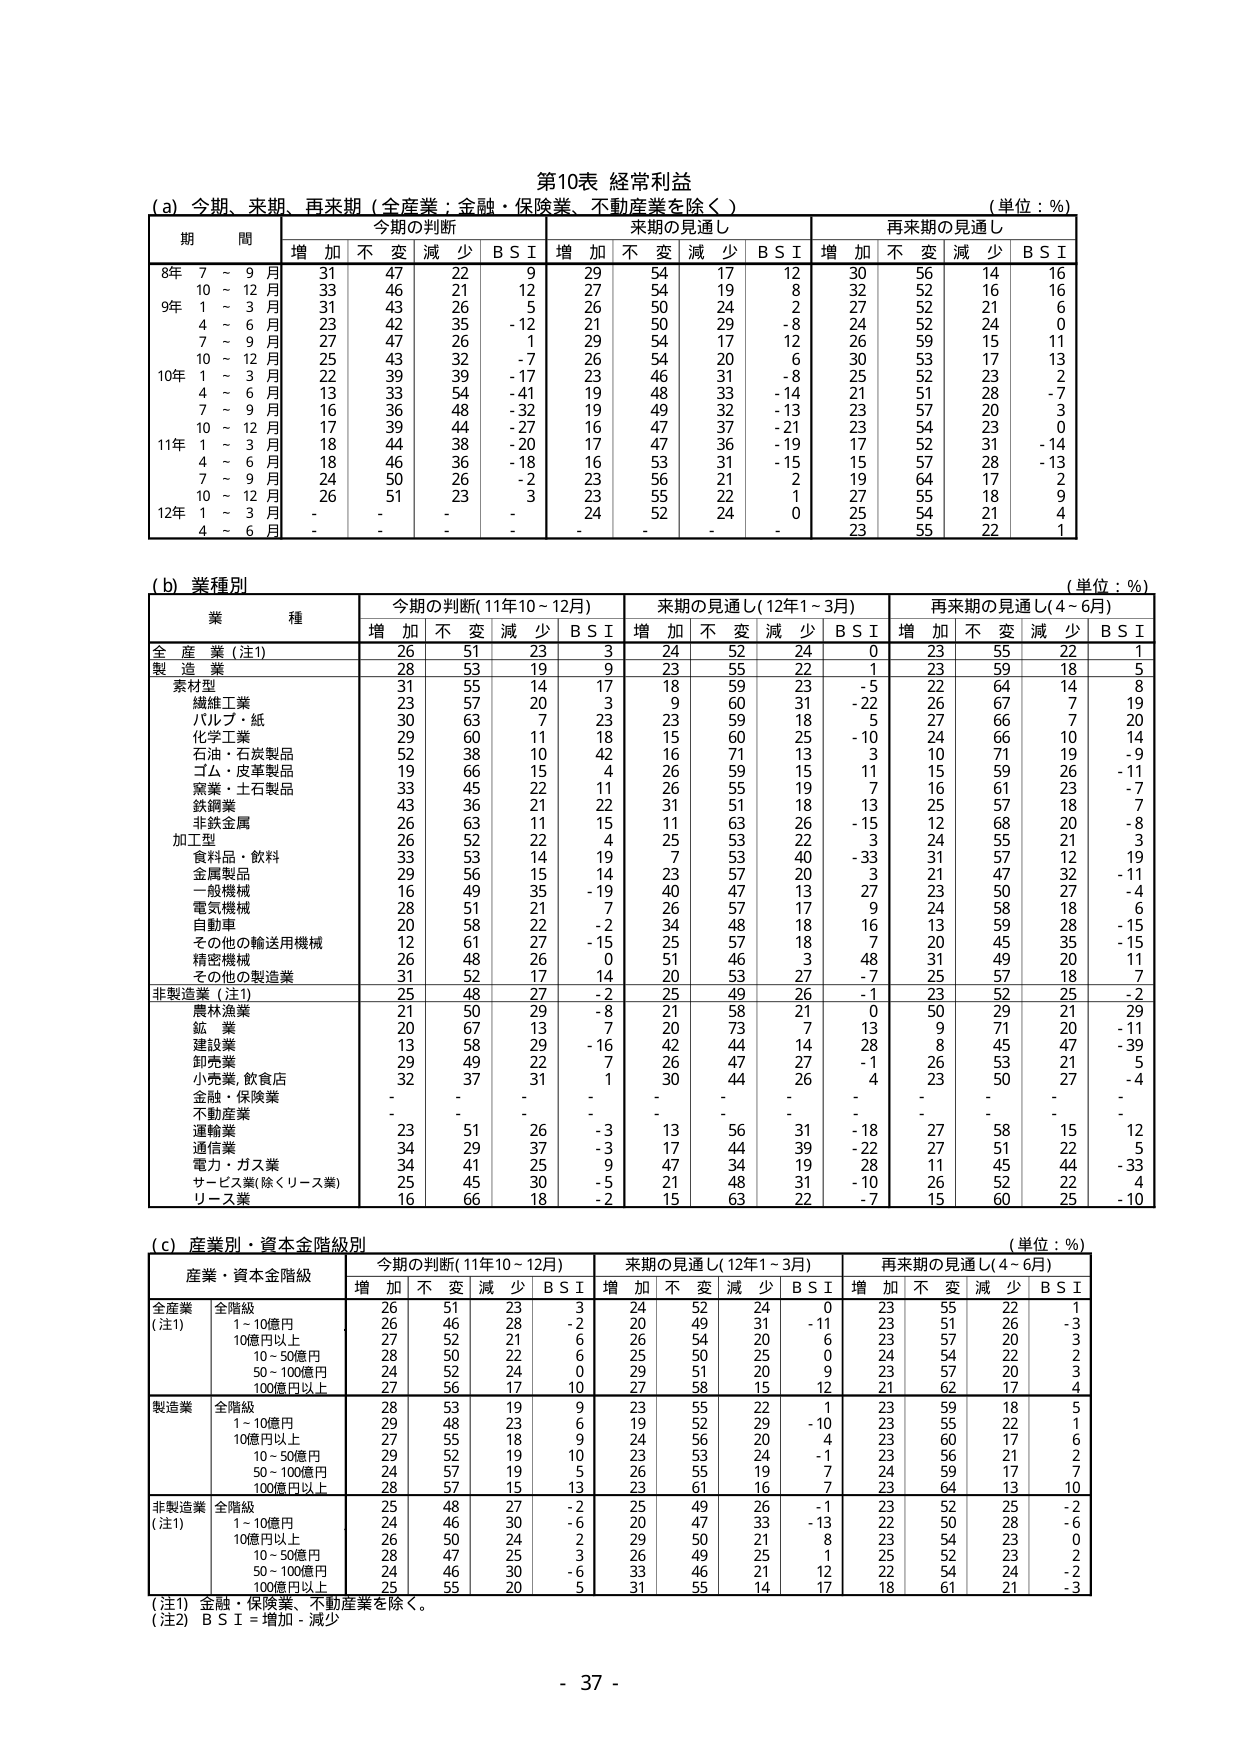
第10表 経常利益

(a) 今期、来期、再来期（全産業：金融・保険業、不動産業を除く）
（単位：%）

期 間 | 今期の判断 | 来期の見通し | 再来期の見通し
--- | --- | --- | ---
 | 増 加 | 不 変 | 減 少 | B S I | 増 加 | 不 変 | 減 少 | B S I | 増 加 | 不 変 | 減 少 | B S I
8年 7 ~ 9 月 | 31 | 47 | 22 | 9 | 29 | 54 | 17 | 12 | 30 | 56 | 14 | 16
10 ~ 12 月 | 33 | 46 | 21 | 12 | 27 | 54 | 19 | 8 | 32 | 52 | 16 | 16
9年 1 ~ 3 月 | 31 | 43 | 26 | 5 | 26 | 50 | 24 | 2 | 27 | 52 | 21 | 6
4 ~ 6 月 | 23 | 42 | 35 | -12 | 21 | 50 | 29 | -8 | 24 | 52 | 24 | 0
7 ~ 9 月 | 27 | 47 | 26 | 1 | 29 | 54 | 17 | 12 | 26 | 59 | 15 | 11
10 ~ 12 月 | 25 | 43 | 32 | -7 | 26 | 54 | 20 | 6 | 30 | 53 | 17 | 13
10年 1 ~ 3 月 | 22 | 39 | 39 | -17 | 23 | 46 | 31 | -8 | 25 | 52 | 23 | 2
4 ~ 6 月 | 13 | 33 | 54 | -41 | 19 | 48 | 33 | -14 | 21 | 51 | 28 | -7
7 ~ 9 月 | 16 | 36 | 48 | -32 | 19 | 49 | 32 | -13 | 23 | 57 | 20 | 3
10 ~ 12 月 | 17 | 39 | 44 | -27 | 16 | 47 | 37 | -21 | 23 | 54 | 23 | 0
11年 1 ~ 3 月 | 18 | 44 | 38 | -20 | 17 | 47 | 36 | -19 | 17 | 52 | 31 | -14
4 ~ 6 月 | 18 | 46 | 36 | -18 | 16 | 53 | 31 | -15 | 15 | 57 | 28 | -13
7 ~ 9 月 | 24 | 50 | 26 | -2 | 23 | 56 | 21 | 1 | 19 | 64 | 17 | 2
10 ~ 12 月 | 26 | 51 | 23 | 3 | 25 | 55 | 22 | 1 | 27 | 55 | 18 | 9
12年 1 ~ 3 月 | - | - | - | - | 24 | 52 | 24 | 0 | 25 | 54 | 21 | 4
4 ~ 6 月 | - | - | - | - | - | - | - | - | 23 | 55 | 22 | 1

(b) 業種別
（単位：%）

業 種 | 今期の判断（11年10～12月） | 来期の見通し（12年1～3月） | 再来期の見通し（4～6月）
--- | --- | --- | ---
 | 増 加 | 不 変 | 減 少 | B S I | 増 加 | 不 変 | 減 少 | B S I | 増 加 | 不 変 | 減 少 | B S I
全 産 業（注1） | 26 | 51 | 23 | 3 | 24 | 52 | 24 | 0 | 23 | 55 | 22 | 1
製 造 業 | 28 | 53 | 19 | 9 | 23 | 55 | 22 | 1 | 23 | 59 | 18 | 5
　素材型 | 31 | 55 | 14 | 17 | 18 | 59 | 23 | -5 | 22 | 64 | 14 | 8
　　繊維工業 | 23 | 57 | 20 | 3 | 9 | 60 | 31 | -22 | 26 | 67 | 7 | 19
　　パルプ・紙 | 30 | 63 | 7 | 23 | 23 | 59 | 18 | 5 | 27 | 66 | 7 | 20
　　化学工業 | 29 | 60 | 11 | 18 | 15 | 60 | 25 | -10 | 24 | 66 | 10 | 14
　　石油・石炭製品 | 52 | 38 | 10 | 42 | 16 | 71 | 13 | 3 | 10 | 71 | 19 | -9
　　ゴム・皮革製品 | 19 | 66 | 15 | 4 | 26 | 59 | 15 | 11 | 15 | 59 | 26 | -11
　　窯業・土石製品 | 33 | 45 | 22 | 11 | 26 | 55 | 19 | 7 | 16 | 61 | 23 | -7
　　鉄鋼業 | 43 | 36 | 21 | 22 | 31 | 51 | 18 | 13 | 25 | 57 | 18 | 7
　　非鉄金属 | 26 | 63 | 11 | 15 | 11 | 63 | 26 | -15 | 12 | 68 | 20 | -8
　加工型 | 26 | 52 | 22 | 4 | 25 | 53 | 22 | 3 | 24 | 55 | 21 | 3
　　食料品・飲料 | 33 | 53 | 14 | 19 | 7 | 53 | 40 | -33 | 31 | 57 | 12 | 19
　　金属製品 | 29 | 56 | 15 | 14 | 23 | 57 | 20 | 3 | 21 | 47 | 32 | -11
　　一般機械 | 16 | 49 | 35 | -19 | 40 | 47 | 13 | 27 | 23 | 50 | 27 | -4
　　電気機械 | 28 | 51 | 21 | 7 | 26 | 57 | 17 | 9 | 24 | 58 | 18 | 6
　　自動車 | 20 | 58 | 22 | -2 | 34 | 48 | 18 | 16 | 13 | 59 | 28 | -15
　　その他の輸送用機械 | 12 | 61 | 27 | -15 | 25 | 57 | 18 | 7 | 20 | 45 | 35 | -15
　　精密機械 | 26 | 48 | 26 | 0 | 51 | 46 | 3 | 48 | 31 | 49 | 20 | 11
　　その他の製造業 | 31 | 52 | 17 | 14 | 20 | 53 | 27 | -7 | 25 | 57 | 18 | 7
非製造業（注1） | 25 | 48 | 27 | -2 | 25 | 49 | 26 | -1 | 23 | 52 | 25 | -2
　農林漁業 | 21 | 50 | 29 | -8 | 21 | 58 | 21 | 0 | 50 | 29 | 21 | 29
　鉱 業 | 20 | 67 | 13 | 7 | 20 | 73 | 7 | 13 | 9 | 71 | 20 | -11
　建設業 | 13 | 58 | 29 | -16 | 42 | 44 | 14 | 28 | 8 | 45 | 47 | -39
　卸売業 | 29 | 49 | 22 | 7 | 26 | 47 | 27 | -1 | 26 | 53 | 21 | 5
　小売業、飲食店 | 32 | 37 | 31 | 1 | 30 | 44 | 26 | 4 | 23 | 50 | 27 | -4
　金融・保険業 | - | - | - | - | - | - | - | - | - | - | - | -
　不動産業 | - | - | - | - | - | - | - | - | - | - | - | -
　運輸業 | 23 | 51 | 26 | -3 | 13 | 56 | 31 | -18 | 27 | 58 | 15 | 12
　通信業 | 34 | 29 | 37 | -3 | 17 | 44 | 39 | -22 | 27 | 51 | 22 | 5
　電力・ガス業 | 34 | 41 | 25 | -9 | 47 | 34 | 19 | -28 | 11 | 45 | 44 | -33
　サービス業（除くリース業） | 25 | 45 | 30 | -5 | 21 | 48 | 31 | -10 | 26 | 52 | 22 | 4
　リース業 | 16 | 66 | 18 | -2 | 15 | 63 | 22 | -7 | 15 | 60 | 25 | -10

(c) 産業別・資本金階級別
（単位：%）

産業・資本金階級 | 今期の判断（11年10～12月） | 来期の見通し（12年1～3月） | 再来期の見通し（4～6月）
--- | --- | --- | ---
 | 増 加 | 不 変 | 減 少 | B S I | 増 加 | 不 変 | 減 少 | B S I | 増 加 | 不 変 | 減 少 | B S I
全産業（注1） | 全階級 | 26 | 51 | 23 | 3 | 24 | 52 | 24 | 0 | 23 | 55 | 22 | 1
 | 1～10億円 | 26 | 46 | 28 | -2 | 20 | 49 | 31 | -11 | 23 | 51 | 26 | -3
 | 10億円以上 | 27 | 52 | 21 | 6 | 26 | 54 | 20 | 6 | 23 | 57 | 20 | 3
 | 10～50億円 | 28 | 50 | 22 | 6 | 25 | 50 | 25 | 0 | 24 | 54 | 22 | 2
 | 50～100億円 | 24 | 52 | 24 | 0 | 29 | 51 | 20 | 9 | 23 | 57 | 20 | 3
 | 100億円以上 | 27 | 56 | 17 | 10 | 27 | 58 | 15 | 12 | 21 | 62 | 17 | 4
製造業 | 全階級 | 28 | 53 | 19 | 9 | 23 | 55 | 22 | 1 | 23 | 59 | 18 | 5
 | 1～10億円 | 29 | 48 | 23 | 6 | 19 | 52 | 29 | -10 | 23 | 55 | 22 | 1
 | 10億円以上 | 27 | 55 | 18 | 9 | 24 | 56 | 20 | 4 | 23 | 60 | 17 | 6
 | 10～50億円 | 29 | 52 | 19 | 10 | 23 | 53 | 24 | -1 | 23 | 56 | 21 | 2
 | 50～100億円 | 24 | 57 | 19 | 5 | 26 | 55 | 19 | 7 | 24 | 59 | 17 | 7
 | 100億円以上 | 28 | 57 | 15 | 13 | 23 | 61 | 16 | 7 | 23 | 64 | 13 | 10
非製造業（注1） | 全階級 | 25 | 48 | 27 | -2 | 25 | 49 | 26 | -1 | 23 | 52 | 25 | -2
 | 1～10億円 | 24 | 46 | 30 | -6 | 20 | 47 | 33 | -13 | 22 | 50 | 28 | -6
 | 10億円以上 | 26 | 50 | 24 | 2 | 29 | 50 | 21 | 8 | 23 | 54 | 23 | 0
 | 10～50億円 | 28 | 47 | 25 | 3 | 26 | 49 | 25 | 1 | 25 | 52 | 23 | 2
 | 50～100億円 | 24 | 46 | 30 | -6 | 33 | 46 | 21 | 12 | 22 | 54 | 24 | -2
 | 100億円以上 | 25 | 55 | 20 | 5 | 31 | 55 | 14 | 17 | 18 | 61 | 21 | -3

（注1）金融・保険業、不動産業を除く。
（注2）B S I = 増加 - 減少

- 37 -